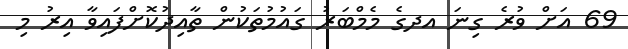
69 އަށް ވުރެ ގިނަ އދގެ މެމްބަރު ގައުމުތަކުން ތާއިދުކޮށްފައިވާ އިރު މި